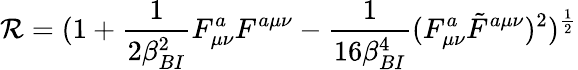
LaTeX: \mathcal{R}=(1+{\frac{{1}}{{2\beta_{BI}^{2}}}}F_{\mu\nu}^{a}F^{a\mu\nu}-{\frac{{1}}{{16\beta_{BI}^{4}}}}(F_{\mu\nu}^{a}\tilde{{F}}^{a\mu\nu})^{2})^{\frac{{1}}{{2}}}